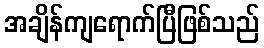
အချိန်ကျရောက်ပြီဖြစ်သည်